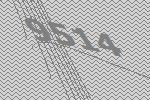
9514